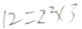
1 2 = 2 ^ { 2 } \times 3